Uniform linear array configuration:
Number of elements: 12
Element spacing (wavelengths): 0.75
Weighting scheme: hamming
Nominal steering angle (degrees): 60
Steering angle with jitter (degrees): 59.049
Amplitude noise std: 0.05
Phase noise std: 0.05

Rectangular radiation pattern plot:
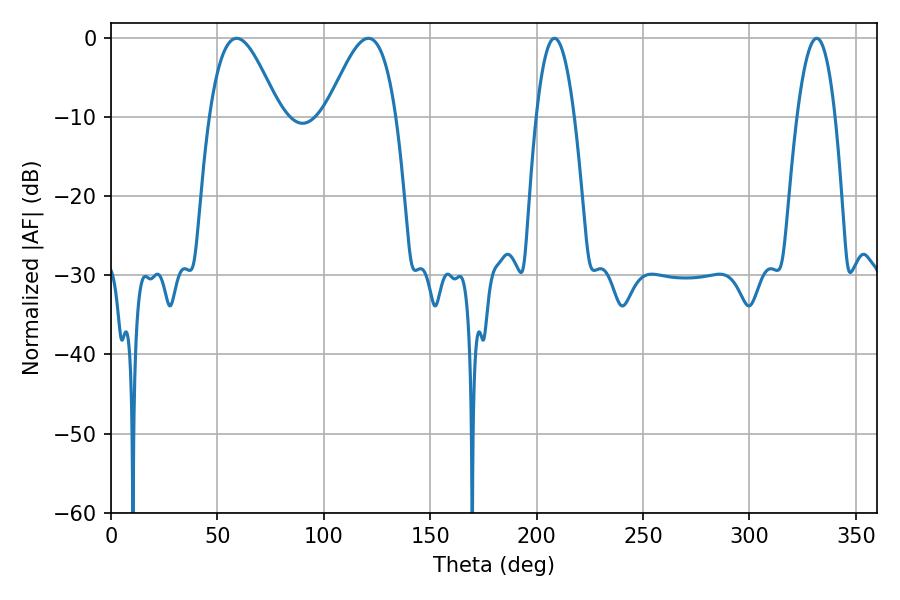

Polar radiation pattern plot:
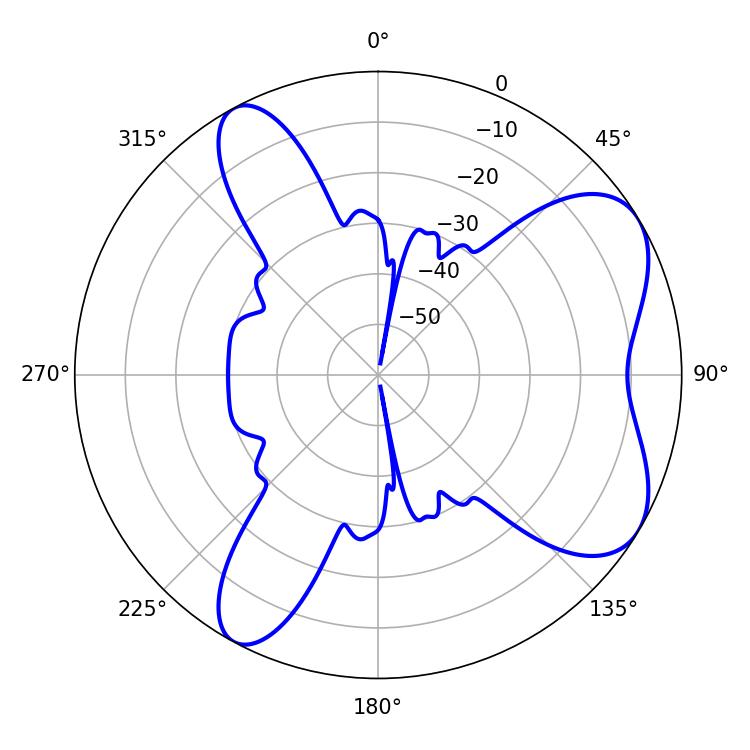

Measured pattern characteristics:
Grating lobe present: TRUE
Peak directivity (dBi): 6.629
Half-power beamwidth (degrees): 17.64
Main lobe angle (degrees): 59.04